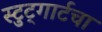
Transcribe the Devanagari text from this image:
स्टुट्गार्टचा